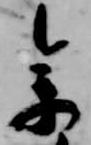
参